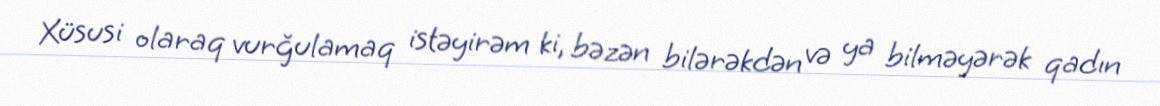
Xüsusi olaraq vurğulamaq istəyirəm ki, bəzən bilərəkdən və ya bilməyərək qadın